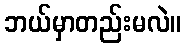
ဘယ်မှာတည်းမလဲ။